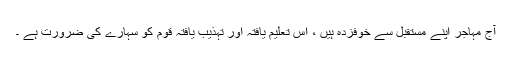
آج مہاجر اپنے مستقبل سے خوفزدہ ہیں ، اس تعلیم یافتہ اور تہذیب یافتہ قوم کو سہارے کی ضرورت ہے ۔